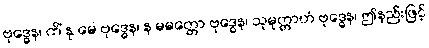
ဗုဒ္ဓေန၊ ကိံ နု မေ ဗုဒ္ဓေန၊ န မမတ္တော ဗုဒ္ဓေန၊ သုမုတ္တာဟံ ဗုဒ္ဓေန၊ ဤနည်းဖြင့်